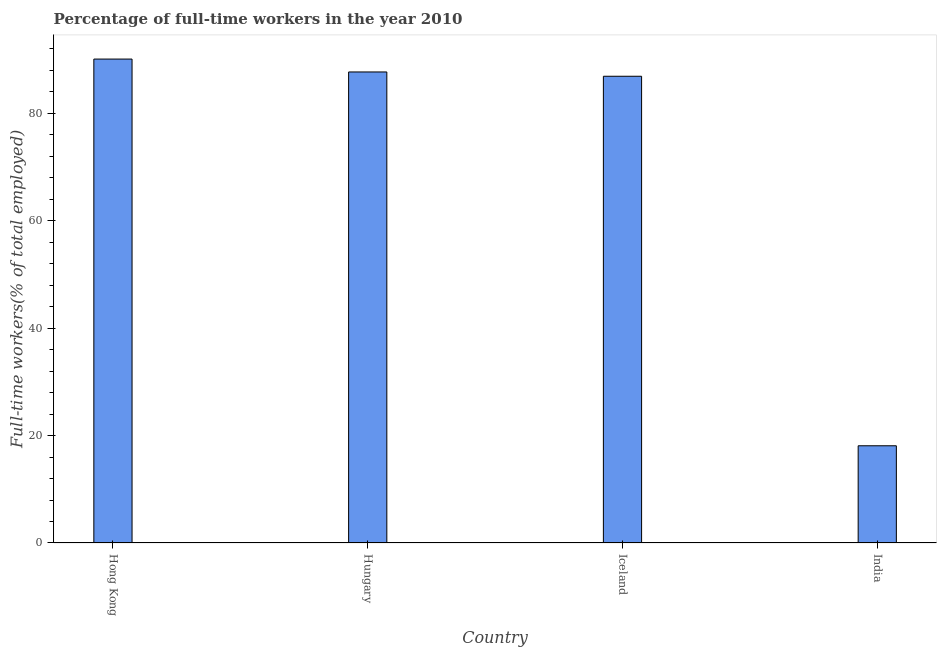
| Country | Wage and salaried workers |
 | --- | --- |
 | Hong Kong | 90.1 |
 | Hungary | 87.7 |
 | Iceland | 86.9 |
 | India | 18.1 |